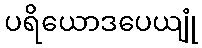
ပရိယောဒပေယျုံ